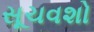
સૂચવશો